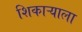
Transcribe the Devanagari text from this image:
शिकाऱ्याला